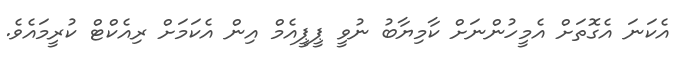
އެކަނަ އެގޮތަށް އެމީހުންނަށް ކާމިޔާބު ނުވީ ޕީޕީއެމް އިން އެކަމަށް ރިއެކްޓް ކުރީމައެވެ.